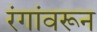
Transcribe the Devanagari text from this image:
रंगांवरून